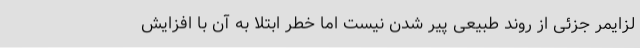
لزایمر جزئی از روند طبیعی پیر شدن نیست اما خطر ابتلا به آن با افزایش